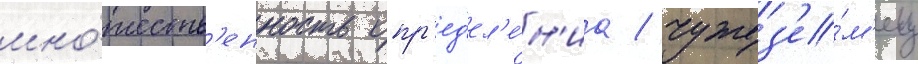
мно́жеств'енность опр'ед'ел'е́н'иа / чужез'е́м'ец